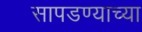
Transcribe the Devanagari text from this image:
सापडण्याच्या